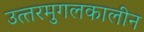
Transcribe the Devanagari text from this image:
उत्‍तरमुगलकालीन